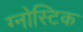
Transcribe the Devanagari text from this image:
ग्नोस्टिक